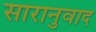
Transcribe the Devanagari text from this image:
सारानुवाद